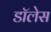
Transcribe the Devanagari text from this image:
डॉलेस